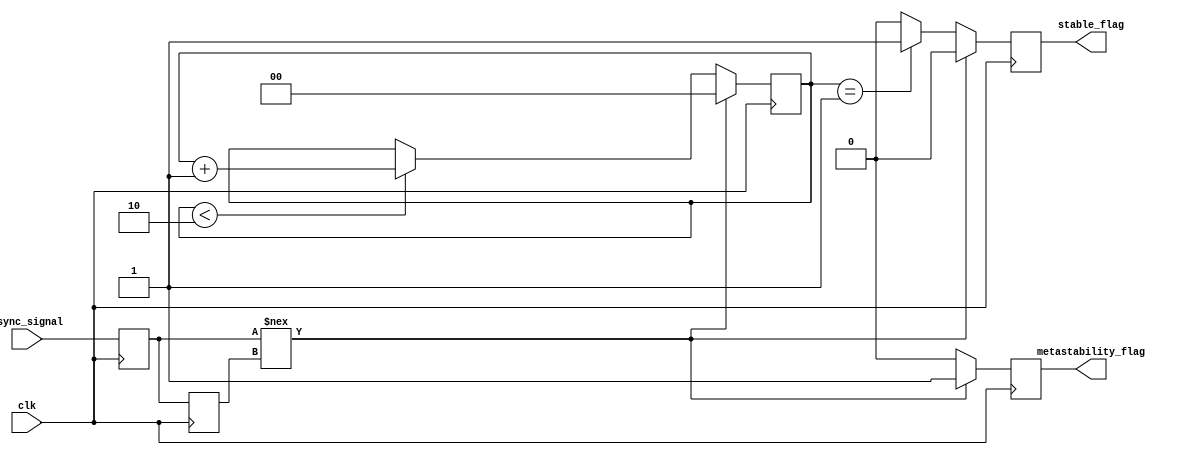
module metastability_detector (
    input wire clk,                // Clock signal
    input wire async_signal,       // Asynchronous input signal to be monitored
    output reg metastability_flag,  // Flag indicating metastability
    output reg stable_flag          // Flag indicating stable output
);

    // Internal signals for latches
    reg latch1_out;                // Output of the first latch
    reg latch2_out;                // Output of the second latch

    // Parameters for timing (adjust as necessary)
    parameter STABLE_TIME = 2;     // Number of clock cycles to determine stability

    // State variables for metastability detection
    reg [1:0] stable_counter;       // Counter to track stable cycles

    // First latch: samples the asynchronous input signal
    always @(posedge clk) begin
        latch1_out <= async_signal;
    end

    // Second latch: samples the output of the first latch
    always @(posedge clk) begin
        latch2_out <= latch1_out;
    end

    // Metastability detection logic
    always @(posedge clk) begin
        // Reset flags and counter
        metastability_flag <= 1'b0;
        stable_flag <= 1'b0;

        // Check for metastability condition
        if (latch1_out !== latch2_out) begin
            // If latch1 output is not equal to latch2 output, it indicates potential metastability
            metastability_flag <= 1'b1;
            stable_counter <= 2'b00; // Reset stable counter
        end else begin
            // If outputs are stable, increment the stable counter
            if (stable_counter < STABLE_TIME) begin
                stable_counter <= stable_counter + 1;
            end
            
            // If stable for the defined time, assert stable flag
            if (stable_counter == STABLE_TIME - 1) begin
                stable_flag <= 1'b1;
            end
        end
    end

endmodule